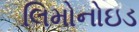
લિમોનોઇડ